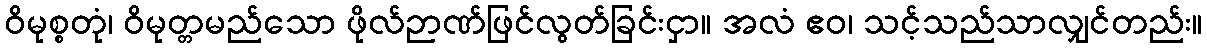
ဝိမုစ္စတုံ၊ ဝိမုတ္တမည်သော ဖိုလ်ဉာဏ်ဖြင်လွတ်ခြင်းငှာ။ အလံ ဧဝ၊ သင့်သည်သာလျှင်တည်း။